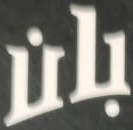
بان